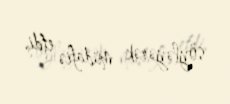
söyləyərək müdafiə etdi.